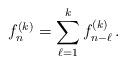
LaTeX: \begin{align*}f_{n}^{(k)} = \sum_{\ell=1}^k f_{n-\ell}^{(k)}\,.\end{align*}